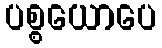
ပစ္စယောပေ